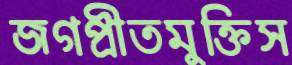
জগপ্রীতমুক্তিস